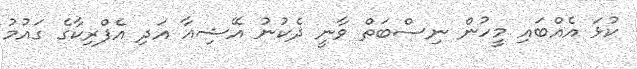
ކުޅަ އެއްބައި މީހުން ނިސްބަތް ވާނީ ދެކުނު އޭޝިއާ އަދި އެފްރިކާގެ ގައުމު